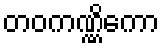
တဝကဏ္ဏိကော